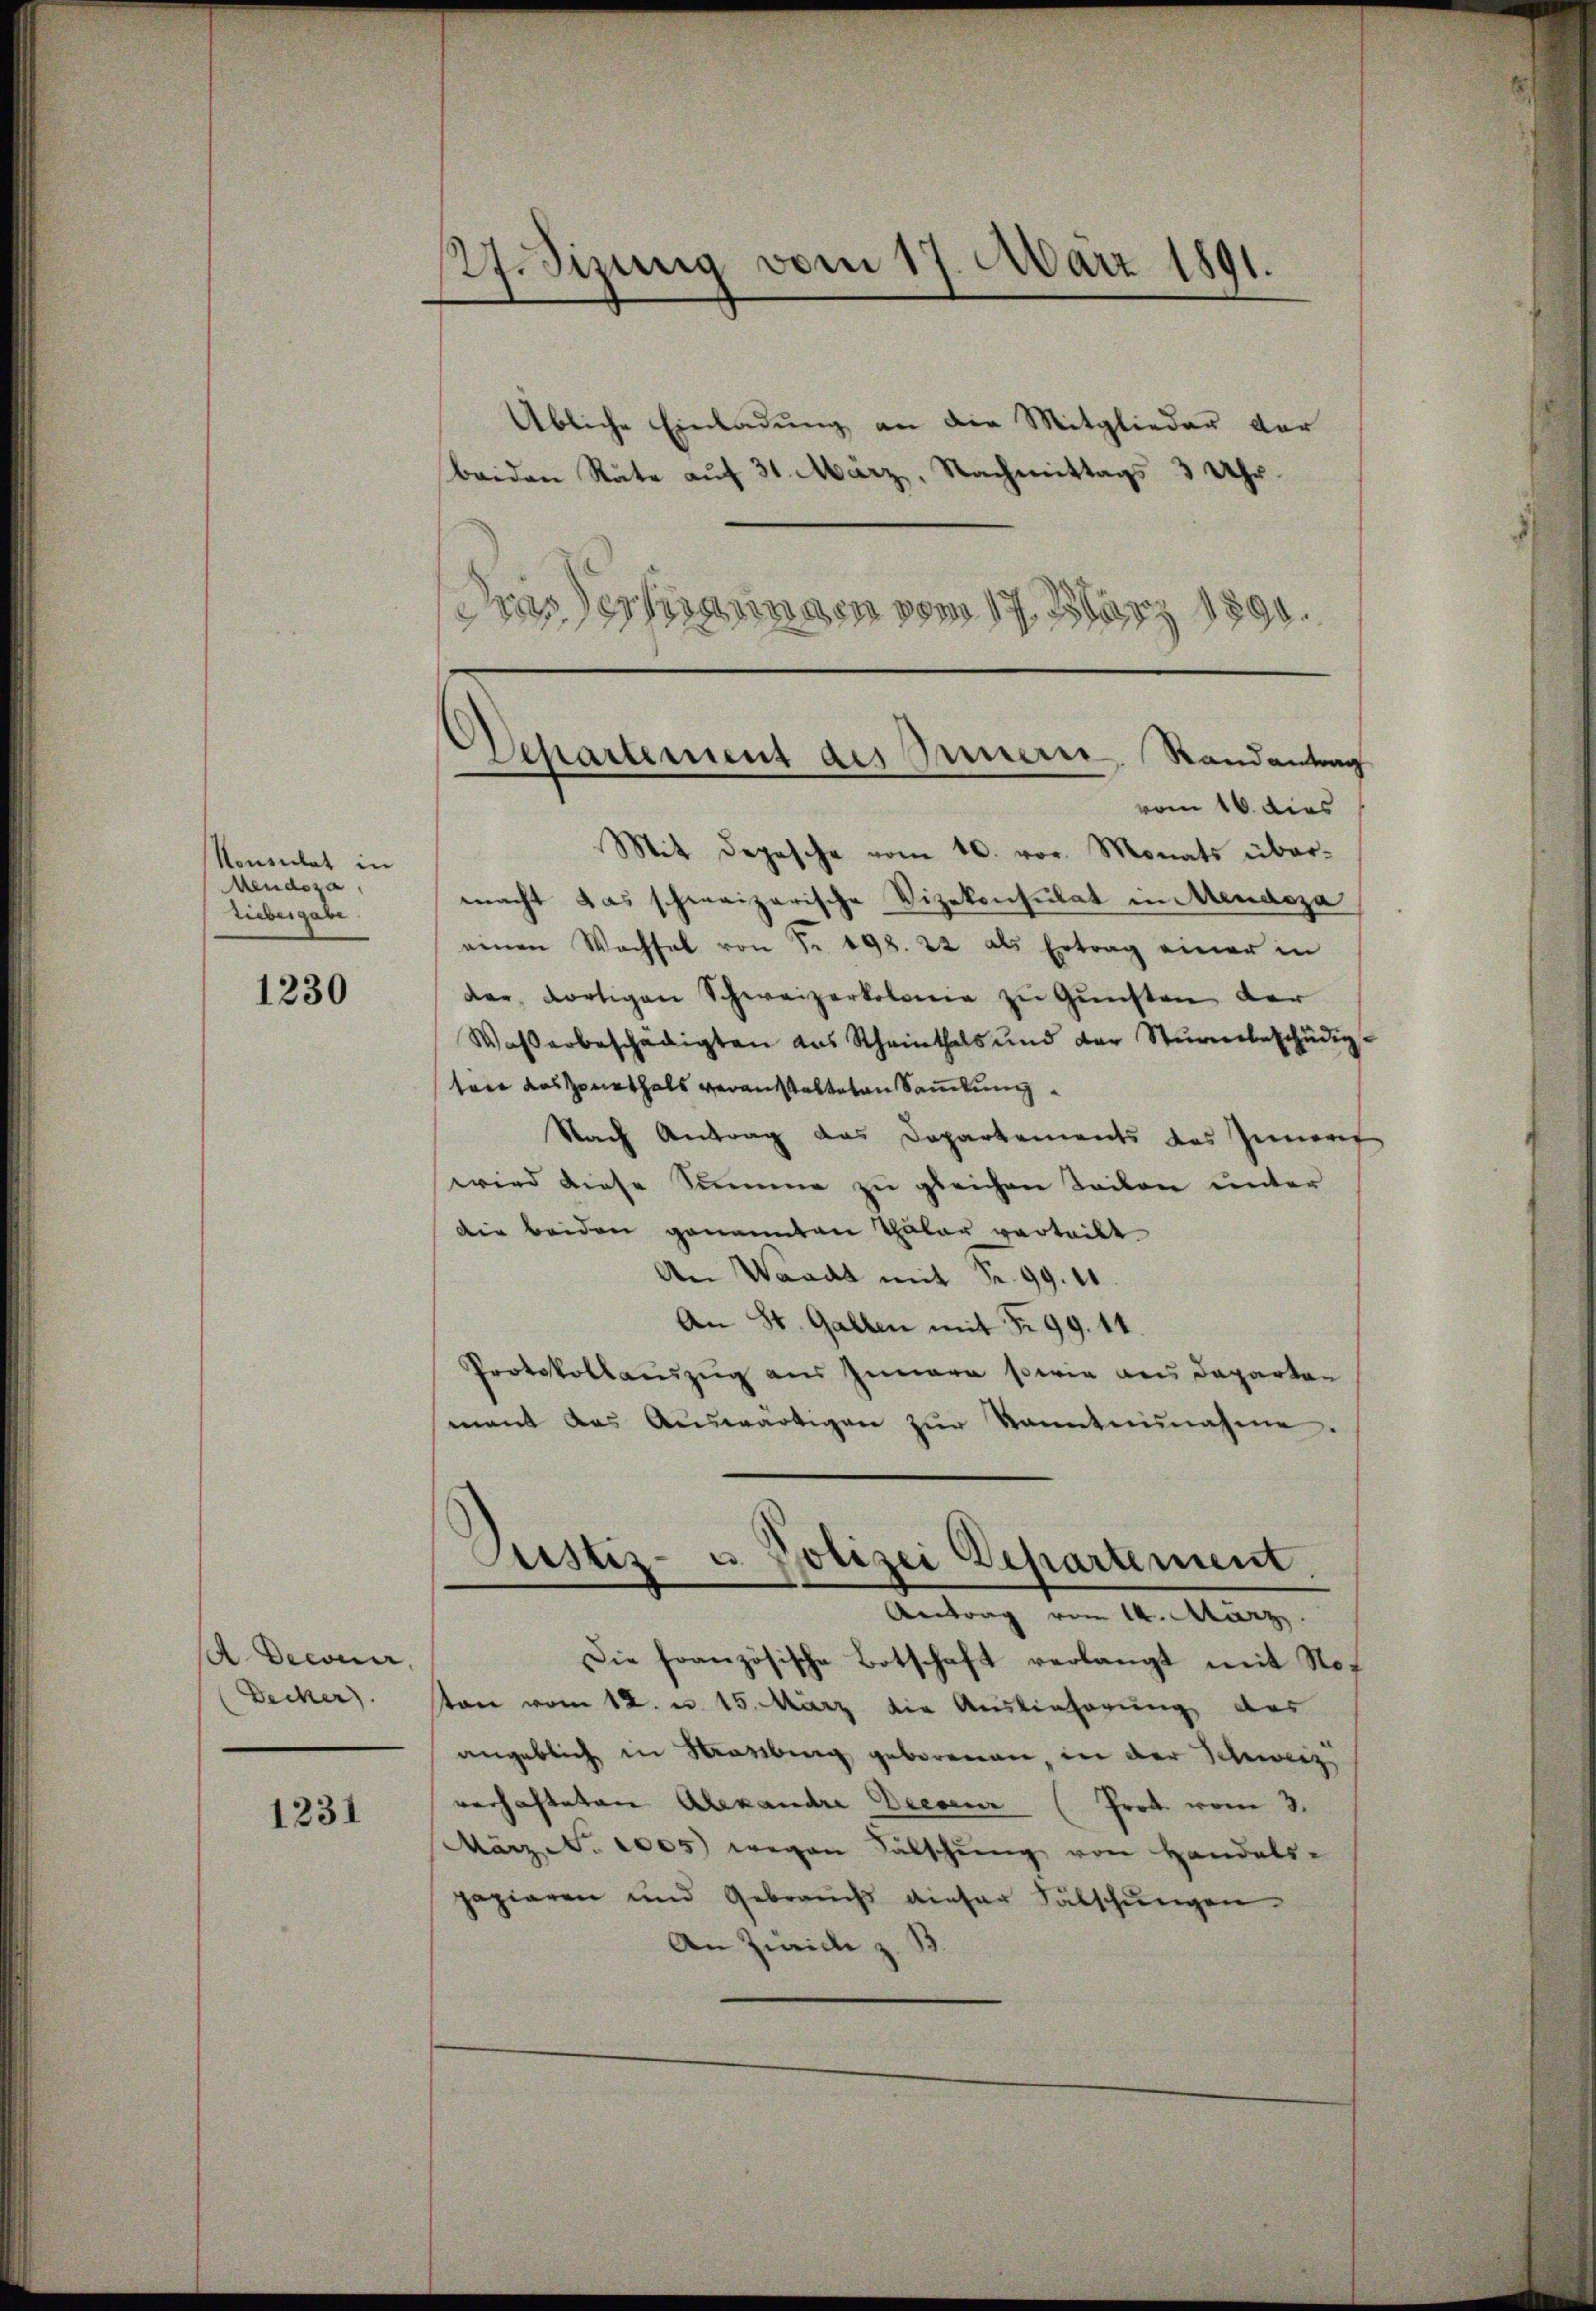
Konsulat in
Meudoza
Liebergabe

1230

A. Decaner,
Decker).

1231

Übliche Einladung an die Mitglieder der
beiden Räte auf 31. März, Nachmittags 3 Uhr.
Dasserungen vom 17. März 1890.

27. Sizung vom 17. März 1891.

Departement des Innern Randantrag
vom 16. dies

Mit Depesche vom 10. vor. Monats übermacht das schweizerische Vizekonsulat in Mendoza
einen Wachsel von Fr. 198. 22 als Ertrag einer in
der dortigen Schweizerkolonie zu Gunsten der
Wasserbeschädigten das Scheinthals und der Sturmebeschädig-
tare das Sonethals veranstalteten Sammlung
Nach Antrag das Departements des Innert
wird diese Summe zu gleichen Teilen unter
Die beiden genannten Thäler verteilt
An Waadt mit Fr. 99. 11
An St. Gallen mit Fr. 99. 11.
Protokollauszug aus Iunara sowie aus Departen
mant das Aŭswärtigen zŭr kanntennahme
Justiz- u. Polizei Departement.
Antrag vom 14. März
Die französische Botschaft verlangt mit Not
ton vom 12. u. 15. März die Auslieferung des
angeblich in Marburg geborenen, in der Schweiz
verhafteten Alexandre Dieser (Prot. vom 3.
März. 1005 wegen Fälschung von Handels-
papieren und Gebrauchs dieser Fälschungen
An Zwicke z. B.